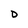
Character: D